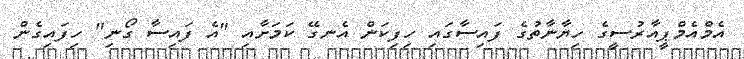
އެމްއެމްޕީއާރުސީގެ ހިޔާނާތުގެ ފައިސާގައި ހިފިކަން އެނގޭ ކަމަށާއި "އެ ފައިސާ ގޯނި" ހިފައިގެން